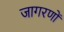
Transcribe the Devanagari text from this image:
जागरणों